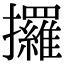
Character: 攞